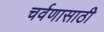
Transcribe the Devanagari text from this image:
चर्वणासाठी